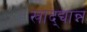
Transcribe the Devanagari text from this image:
खाद्द्यान्न